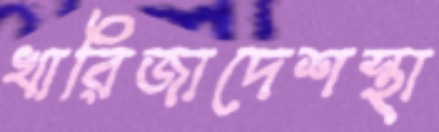
খারিজাদেশস্থা